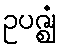
ဥပဇ္ဈံ